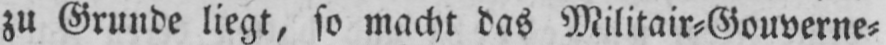
zu Grunde liegt, so macht das Militair⸗Gouverne⸗